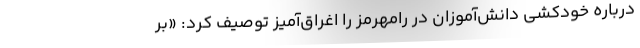
درباره خودکشی دانش‌آموزان در رامهرمز را اغراق‌آمیز توصیف کرد: «بر